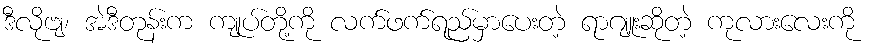
ဒီလိုဗျ၊ အဲဒီတုန်းက ကျုပ်တို့ကို လက်ဖက်ရည်မှာပေးတဲ့ ရာဂျူးဆိုတဲ့ ကုလားလေးကို